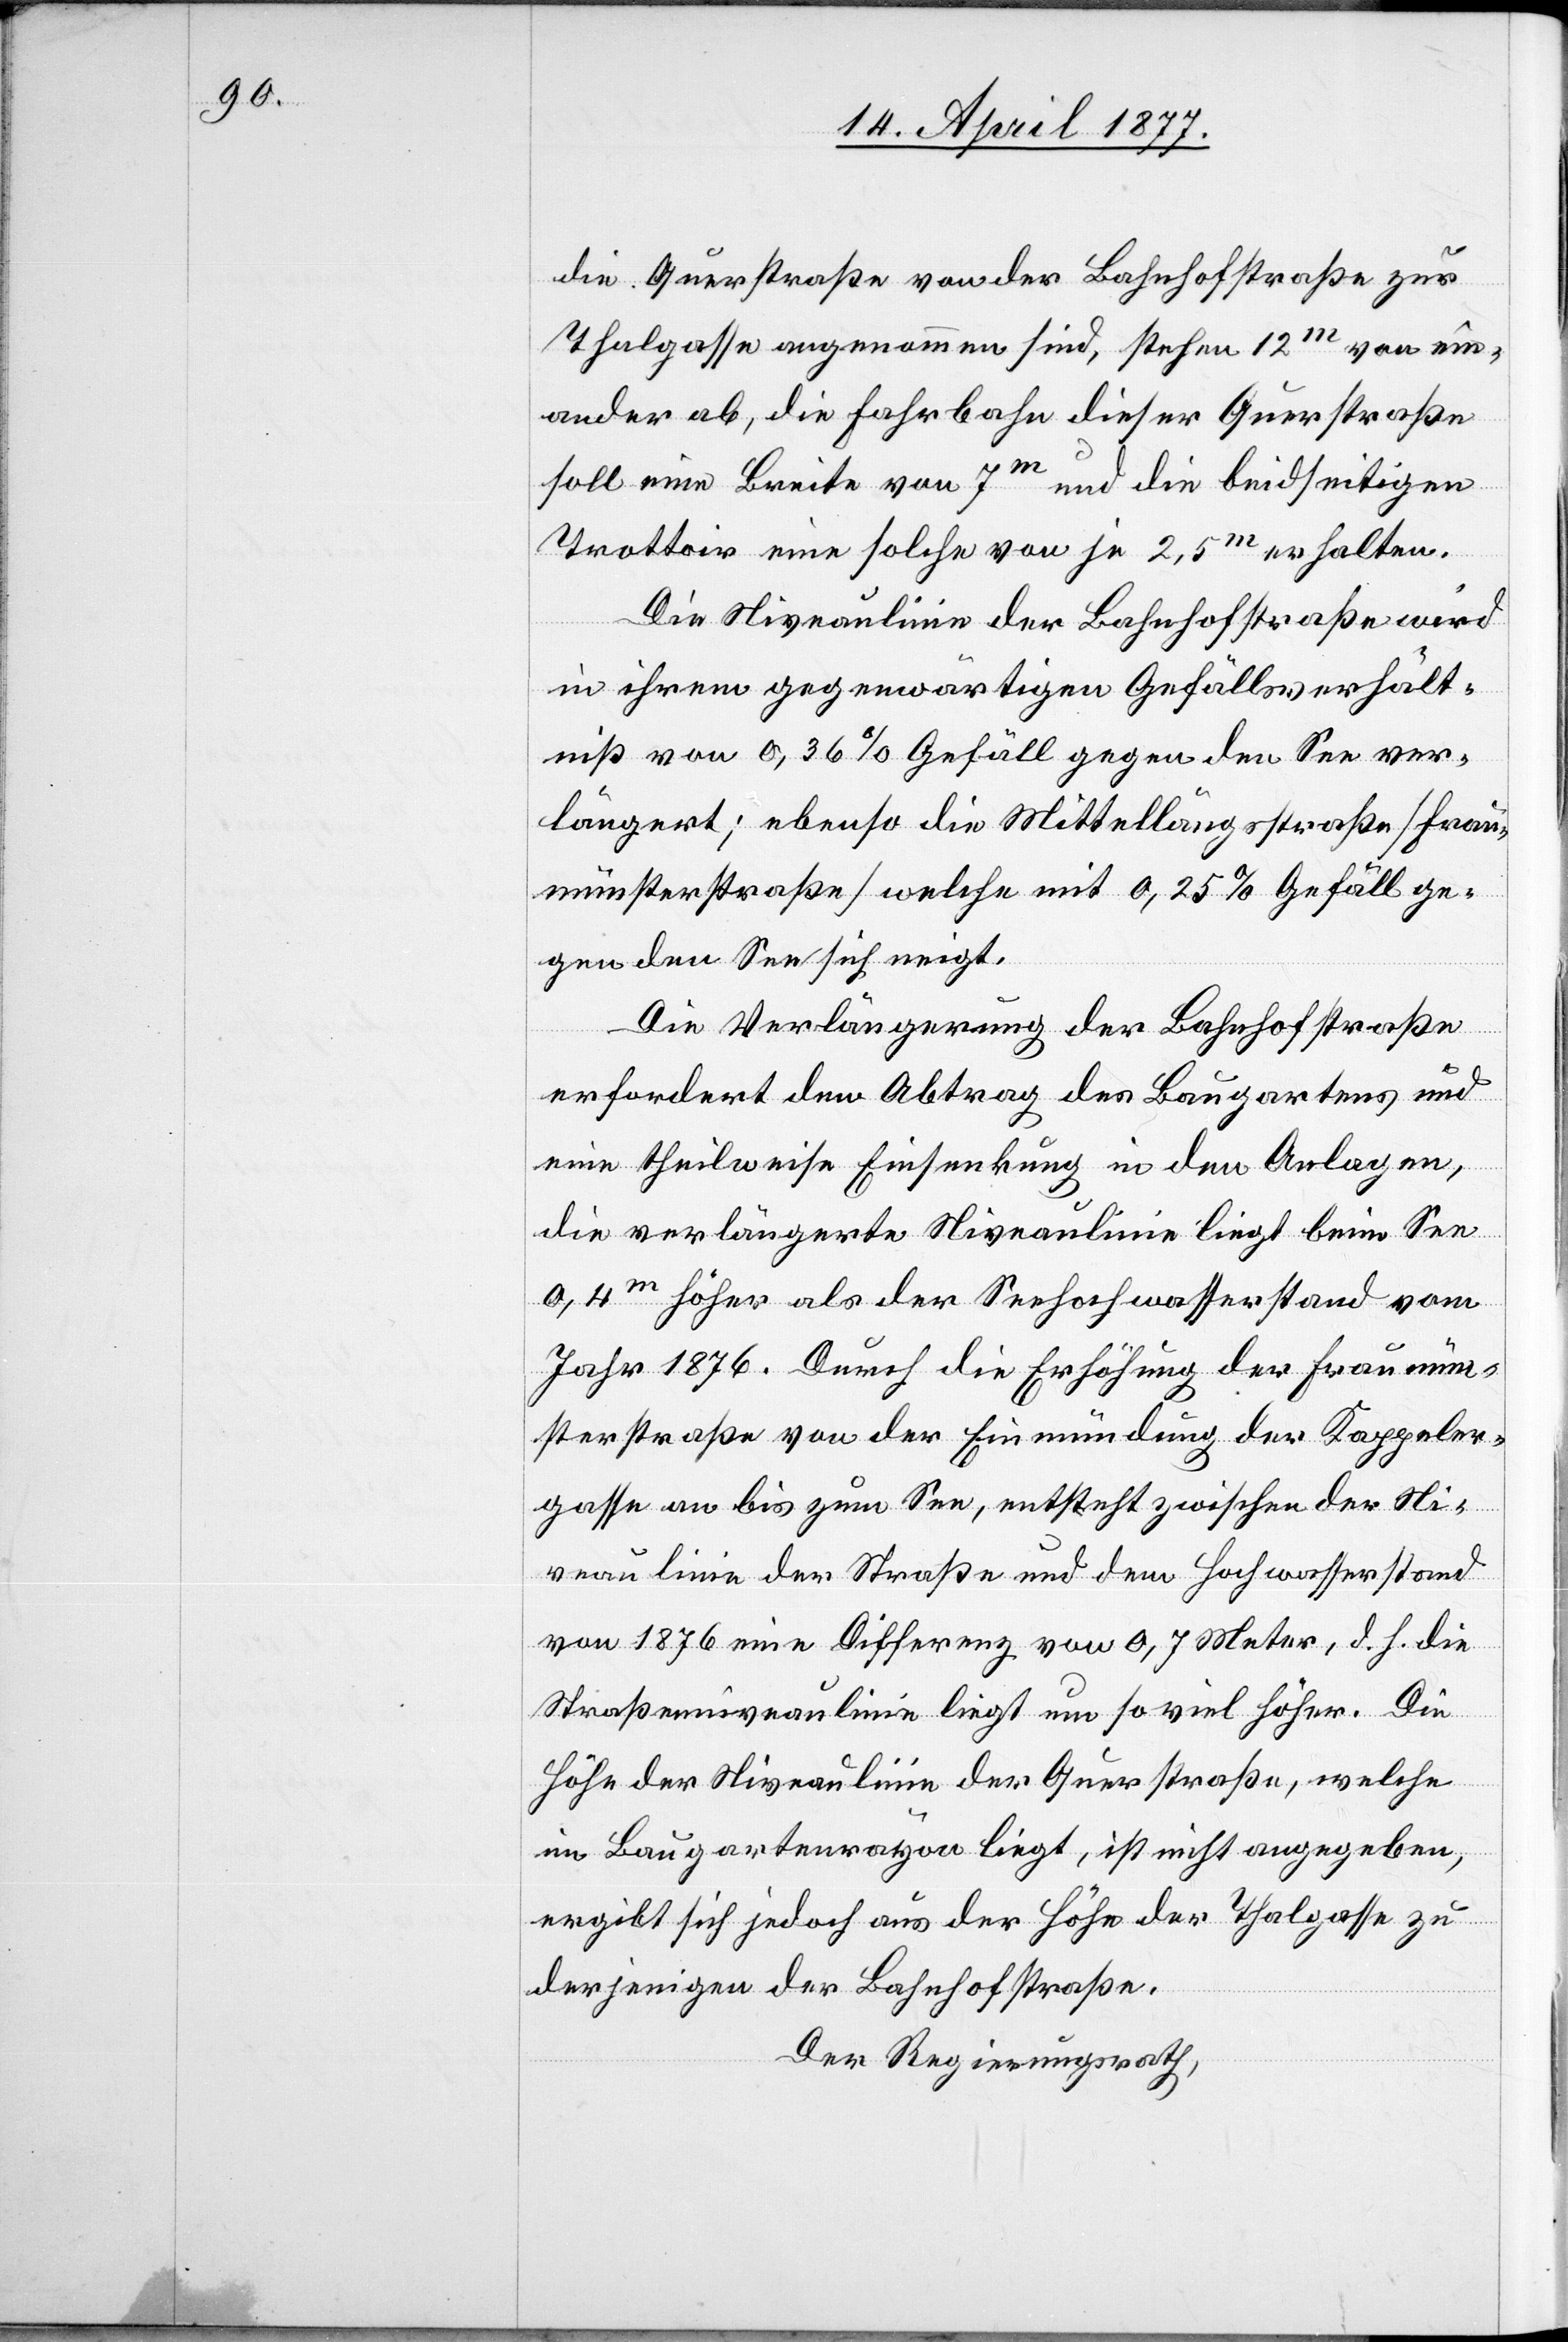
die Querstraße von der Bahnhofstraße zur
Thalgasse angenommen sind, stehen 12m von ein¬
ander ab, die Fahrbahn dieser Querstraße
soll eine Breite von 7m und die beidseitigen
Trottoir[s] eine solche von je 2,5m erhalten.
Die Niveaulinie der Bahnhofstraße wird
in ihrem gegenwärtigen Gefällsverhält¬
niß von 0,36% Gefäll gegen den See ver¬
längert; ebenso die Mittellängsstraße [Frau¬
münsterstraße] welche mit 0,25% Gefäll ge¬
gen den See sich neigt.
Die Verlängerung der Bahnhofstraße
erfordert den Abtrag des Baugartens und
eine theilweise Einsenkung in den Anlagen,
die verlängerte Niveaulinie liegt beim See
0,4m höher als der Seehochwasserstand vom
Jahr 1876. Durch die Erhöhung der Fraumün¬
sterstraße von der Einmündung der Kappeler¬
gasse an bis zum See, entsteht zwischen der Ni¬
veaulinie der Straße und dem Hochwasserstrand
von 1876 eine Differenz von 0,7 Meter, d. h. die
Straßenniveaulinie liegt um so viel höher. Die
Höhe der Niveaulinie der Querstraße, welche
im Baugartenrayon liegt, ist nicht angegeben,
ergibt sich jedoch aus der Höhe der Thalgasse zu
derjenigen der Bahnhofstraße.
Der Regierungsrath,